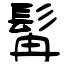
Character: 髯